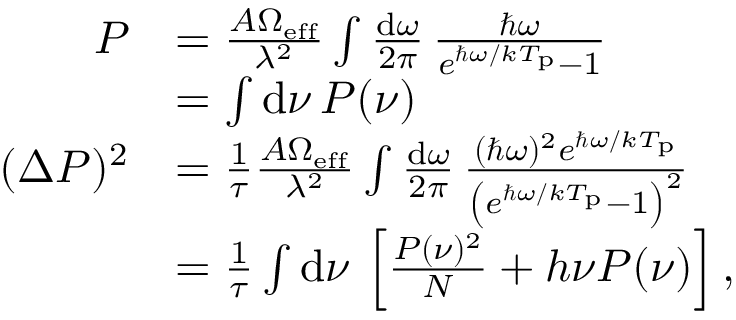
\begin{array} { r l } { P } & { = \frac { A \Omega _ { \mathrm { e f f } } } { \lambda ^ { 2 } } \int \frac { \mathrm { d } \omega } { 2 \pi } \, \frac { \hbar \omega } { e ^ { \hbar \omega / k T _ { \mathrm { p } } } - 1 } } \\ & { = \int \mathrm { d } \nu \, P ( \nu ) } \\ { ( \Delta P ) ^ { 2 } } & { = \frac { 1 } { \tau } \frac { A \Omega _ { \mathrm { e f f } } } { \lambda ^ { 2 } } \int \frac { \mathrm { d } \omega } { 2 \pi } \, \frac { ( \hbar \omega ) ^ { 2 } e ^ { \hbar \omega / k T _ { \mathrm { p } } } } { \left( e ^ { \hbar \omega / k T _ { \mathrm { p } } } - 1 \right) ^ { 2 } } } \\ & { = \frac { 1 } { \tau } \int \mathrm { d } \nu \, \left[ \frac { P ( \nu ) ^ { 2 } } { N } + h \nu P ( \nu ) \right] , } \end{array}